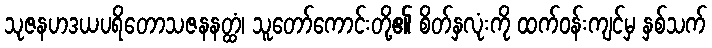
သုဇနဟဒယပရိတောသဇနနတ္ထံ၊ သူတော်ကောင်းတို့၏ စိတ်နှလုံးကို ထက်ဝန်းကျင်မှ နှစ်သက်